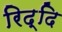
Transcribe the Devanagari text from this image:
रिद्दि